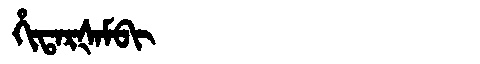
Manchu: ᡥᡳᡨᠠᡵᡧᠠᠮᠪᡳ
Romanization: HITARŠAMBI